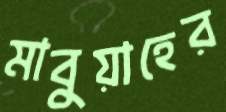
মাবুয়াহের